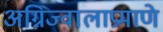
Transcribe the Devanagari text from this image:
अग्निज्वालाप्रमाणे